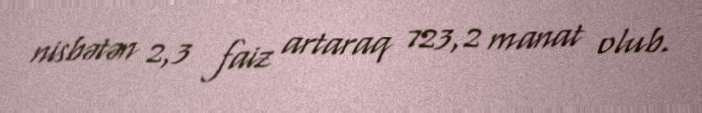
nisbətən 2,3 faiz artaraq 723,2 manat olub.